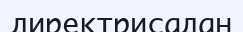
директрисадан